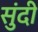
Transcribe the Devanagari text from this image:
सुंदी